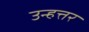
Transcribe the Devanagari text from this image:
उन्हत्तर